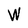
Character: W